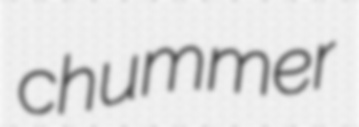
chummer